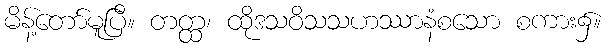
မိန့်တော်မူပြီ။ တတ္ထ၊ ထိုဒသဝိသသဟဿာနံစသော စကား၌။